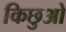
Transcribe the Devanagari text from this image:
किछुओ